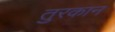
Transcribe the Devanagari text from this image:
तुरकान